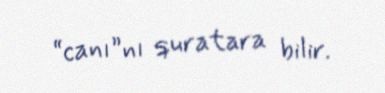
“canı”nı quratara bilir.